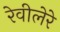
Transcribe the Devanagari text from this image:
रेवीलेरे